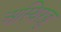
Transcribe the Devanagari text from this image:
अस्थिरज्जु